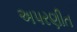
અપરણીત